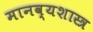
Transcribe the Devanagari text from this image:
मानव्यशास्त्र